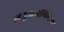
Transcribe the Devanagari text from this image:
अनुक्रमणिकेला